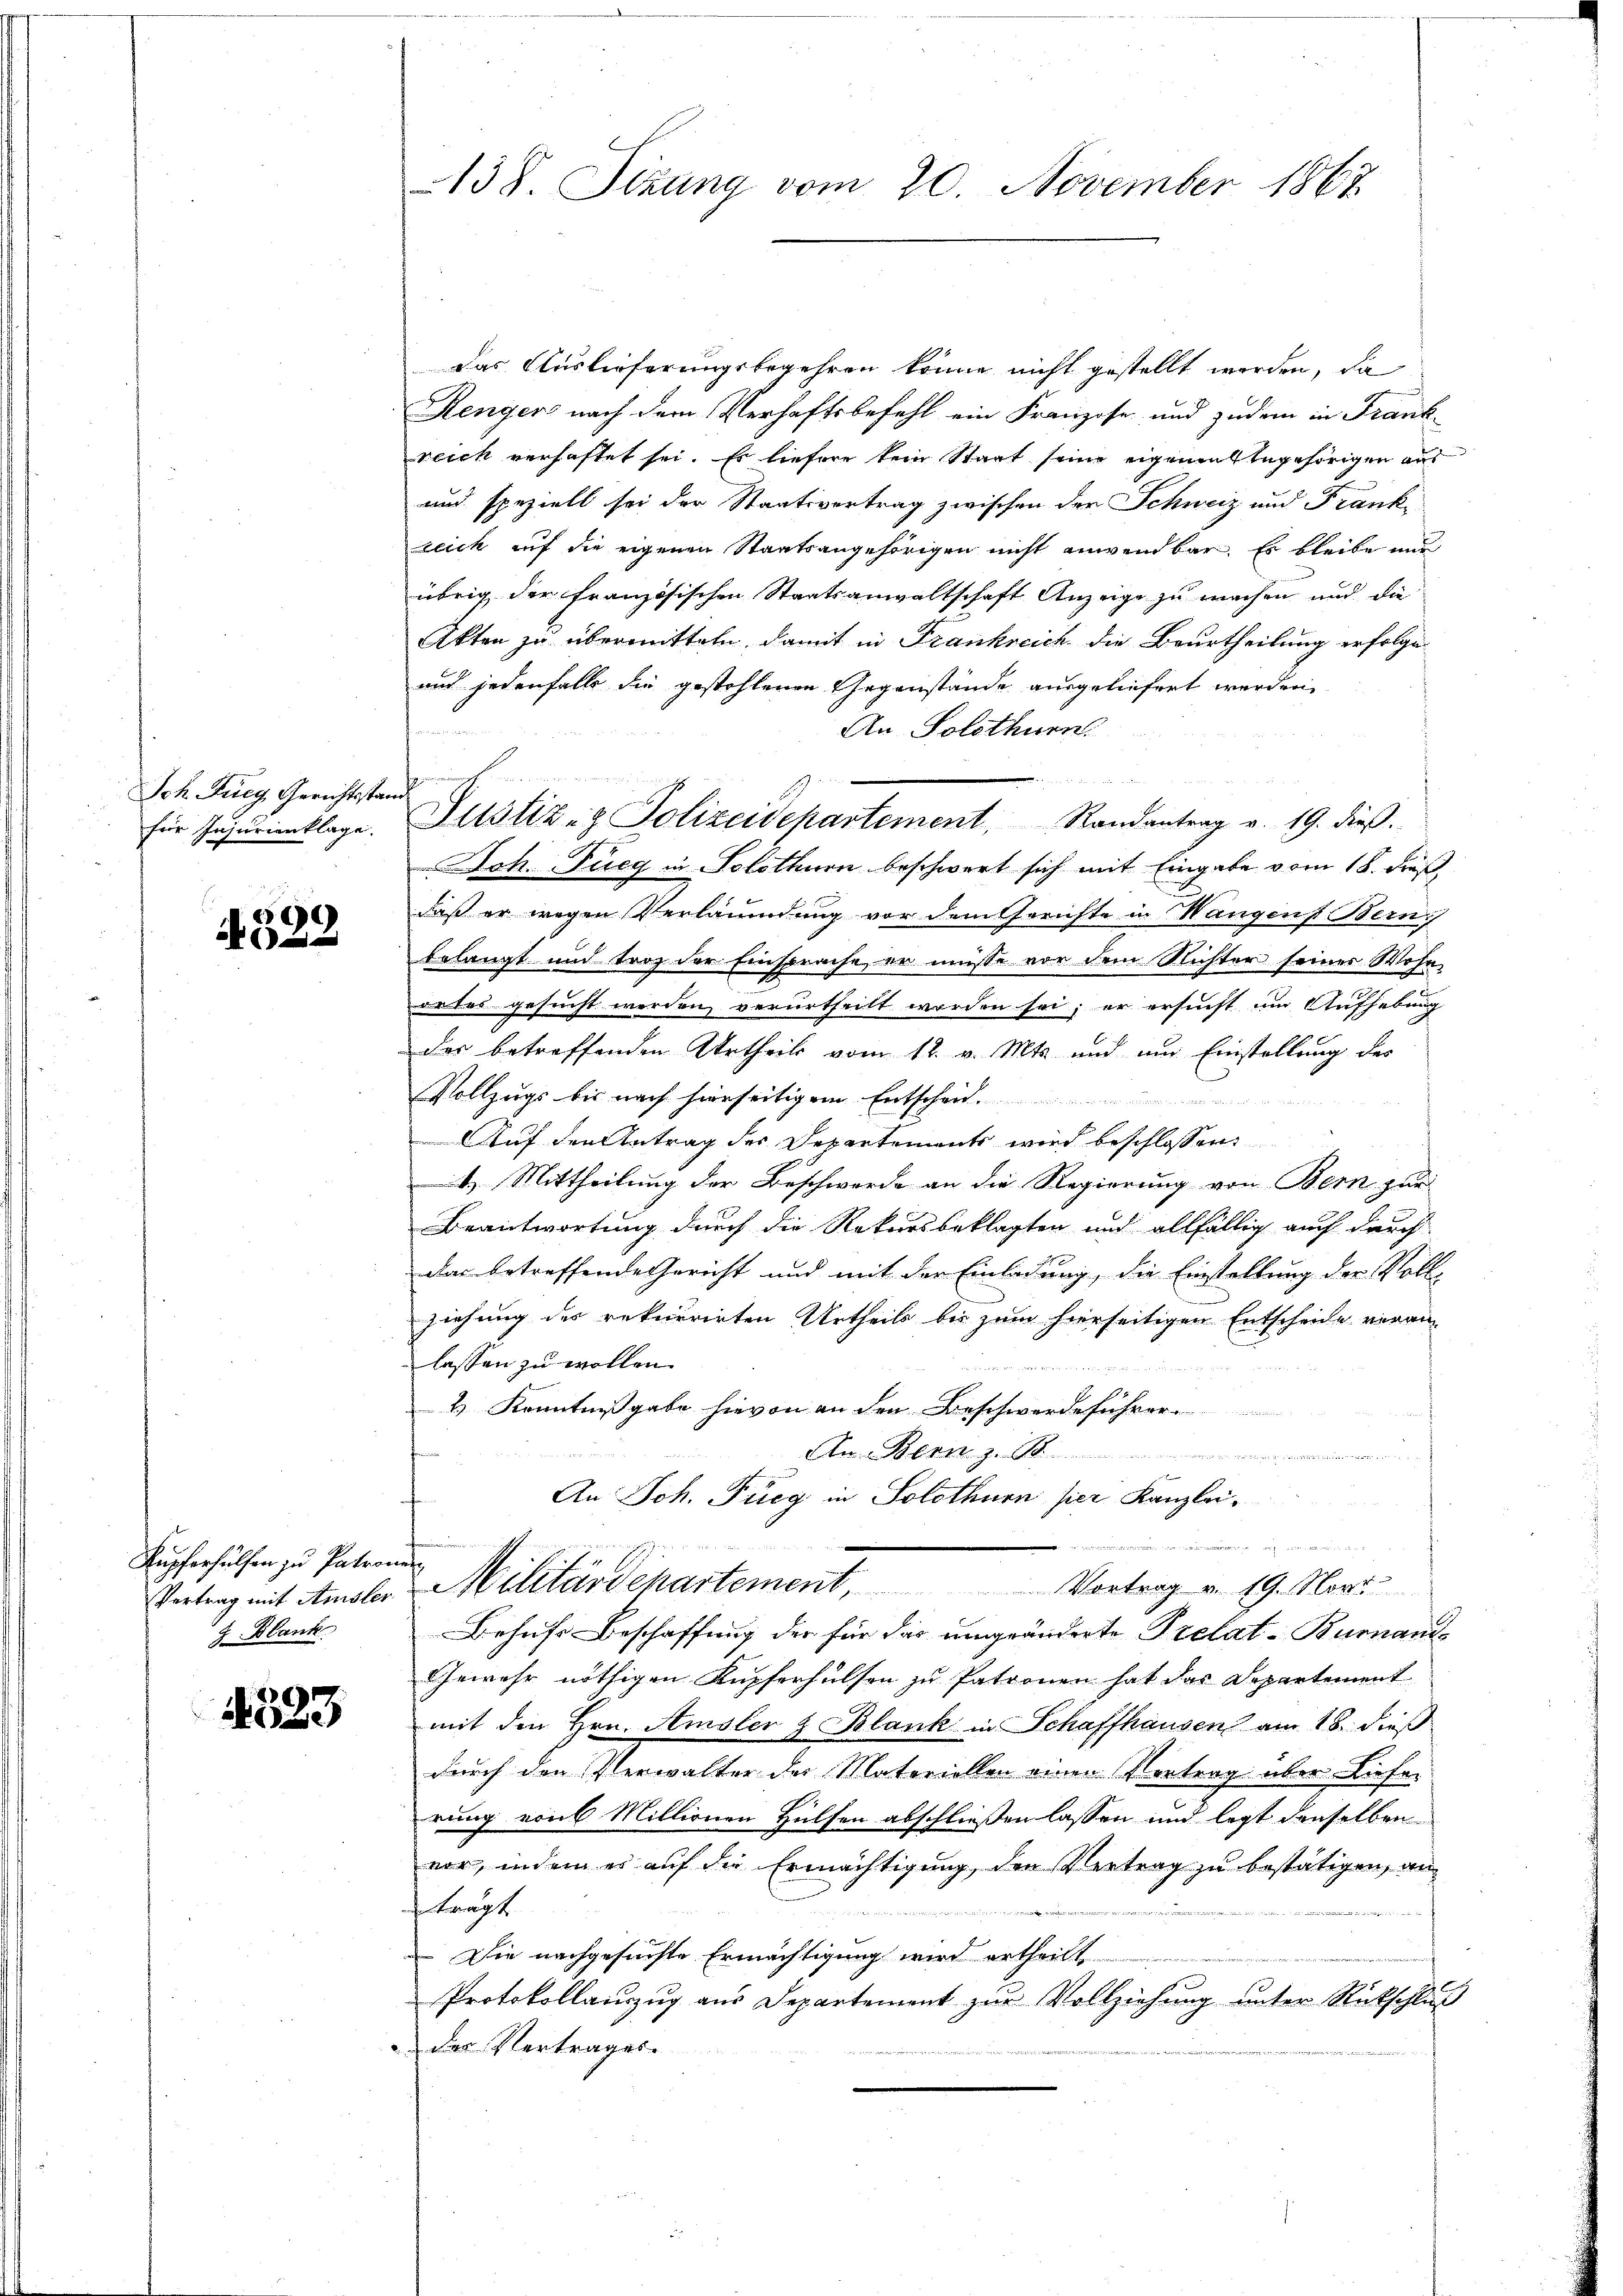
Ich. Fueg Gerichtsstand
für Injurienklage.

4329

Kupferhülfen zu Patronun
J. Blank

4523

Das Auslieferungsbegehren könne nicht gestellt werden, da
Renger nach dem Verhaftsbefehl ein Franzose und zudem in Frankreich verhaftet sei. Es liefere kein Staat seine eigenant zugehörigen aus
und speziell sei der Staatsvertrag zwischen der Schweiz und Frank-
zeich auf die eigenen Staatsangehörigen nicht anwendbar. Es bleibe und
übrig der französischen Staatsanwaltschaft Anzeige zu machen und die
Akten zu übermitteln, damit in Frankreich die Beurtheilung erfolge¬
und jedenfalls die gestohlenen Gegenstände ausgeliefert werden.
An Solothurn.

daß er wegen Verläumdung vor dem Gerichte in Wangen Bern
belangt und trag der Einsprache, er müsse vor dem Nichter seiner Wohn-
ortes gesucht werden verurtheilt worden sei; er ersucht um Aufhebung
der betreffenden Urtheils vom 12. v. Mts. und und Einstellung des
Vollzugs bis nach hierseitigem Entscheid.
Auf den Antrag der Departements wird beschlossen:
1.) Mittheilung der Beschwerde an die Regierung von Bern gar
Beantwortung durch die Rekursbeklagten und allfällig auch durch
das betreffende Gericht und mit der Einladung, die Einstellung der Voll-
ziehung des rekurrirten Urtheils bis zum hierseitigen Entscheide veran
lassen zu wollen.
& Kenntnißgabe hievon an den Beschwerdeführer.
An Bern z. B.
u
An Joh. Fieg in Solothurn hier Kanzlei¬
Vertrag mit Amsler Militärdepartement, Vortrag v. 19. Novi
Behufs Beschaffung der für das umgeänderte Prelat-Burnand
Gewehr nöthigen Kupferhülfen zu Patronen hat das Departement
mit den Hrn. Amsler & Blank in Schaffhausen am 18. dieß
durch den Verwalter der Materiellen einen Vertrag über Liefer
rung von Millionen Hülfen abschließen lassen und legt denselben
vor, indem es auf die Ermächtigung, den Vertrag zu bestätigen, an
trägt
2
 Die nachgesuchte Ermächtigung wird ertheilt,
Protokollauszug aus Departement zur Vollziehung unter Rückschluß
der Vertrages.

138. Sizung vom 20. November 1862

Justiz- & Polizeidepartement, Randantrag v. 19. dieß.
Joh. Fueg in Solothurn beschwert sich mit Eingabe vom 18. Fuß